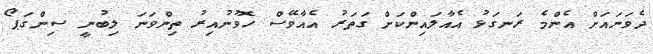
ދެވަނައަށް އެންމެ ރަނގަޅު އެއާލައިންކަށް ގަތަރު އެއާވޭސް ހޮވުނުއިރު ތިންވަނަ ލިބުނީ ސިންގަޕޯ